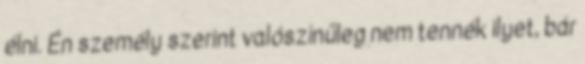
élni. Én személy szerint valószínűleg nem tennék ilyet, bár